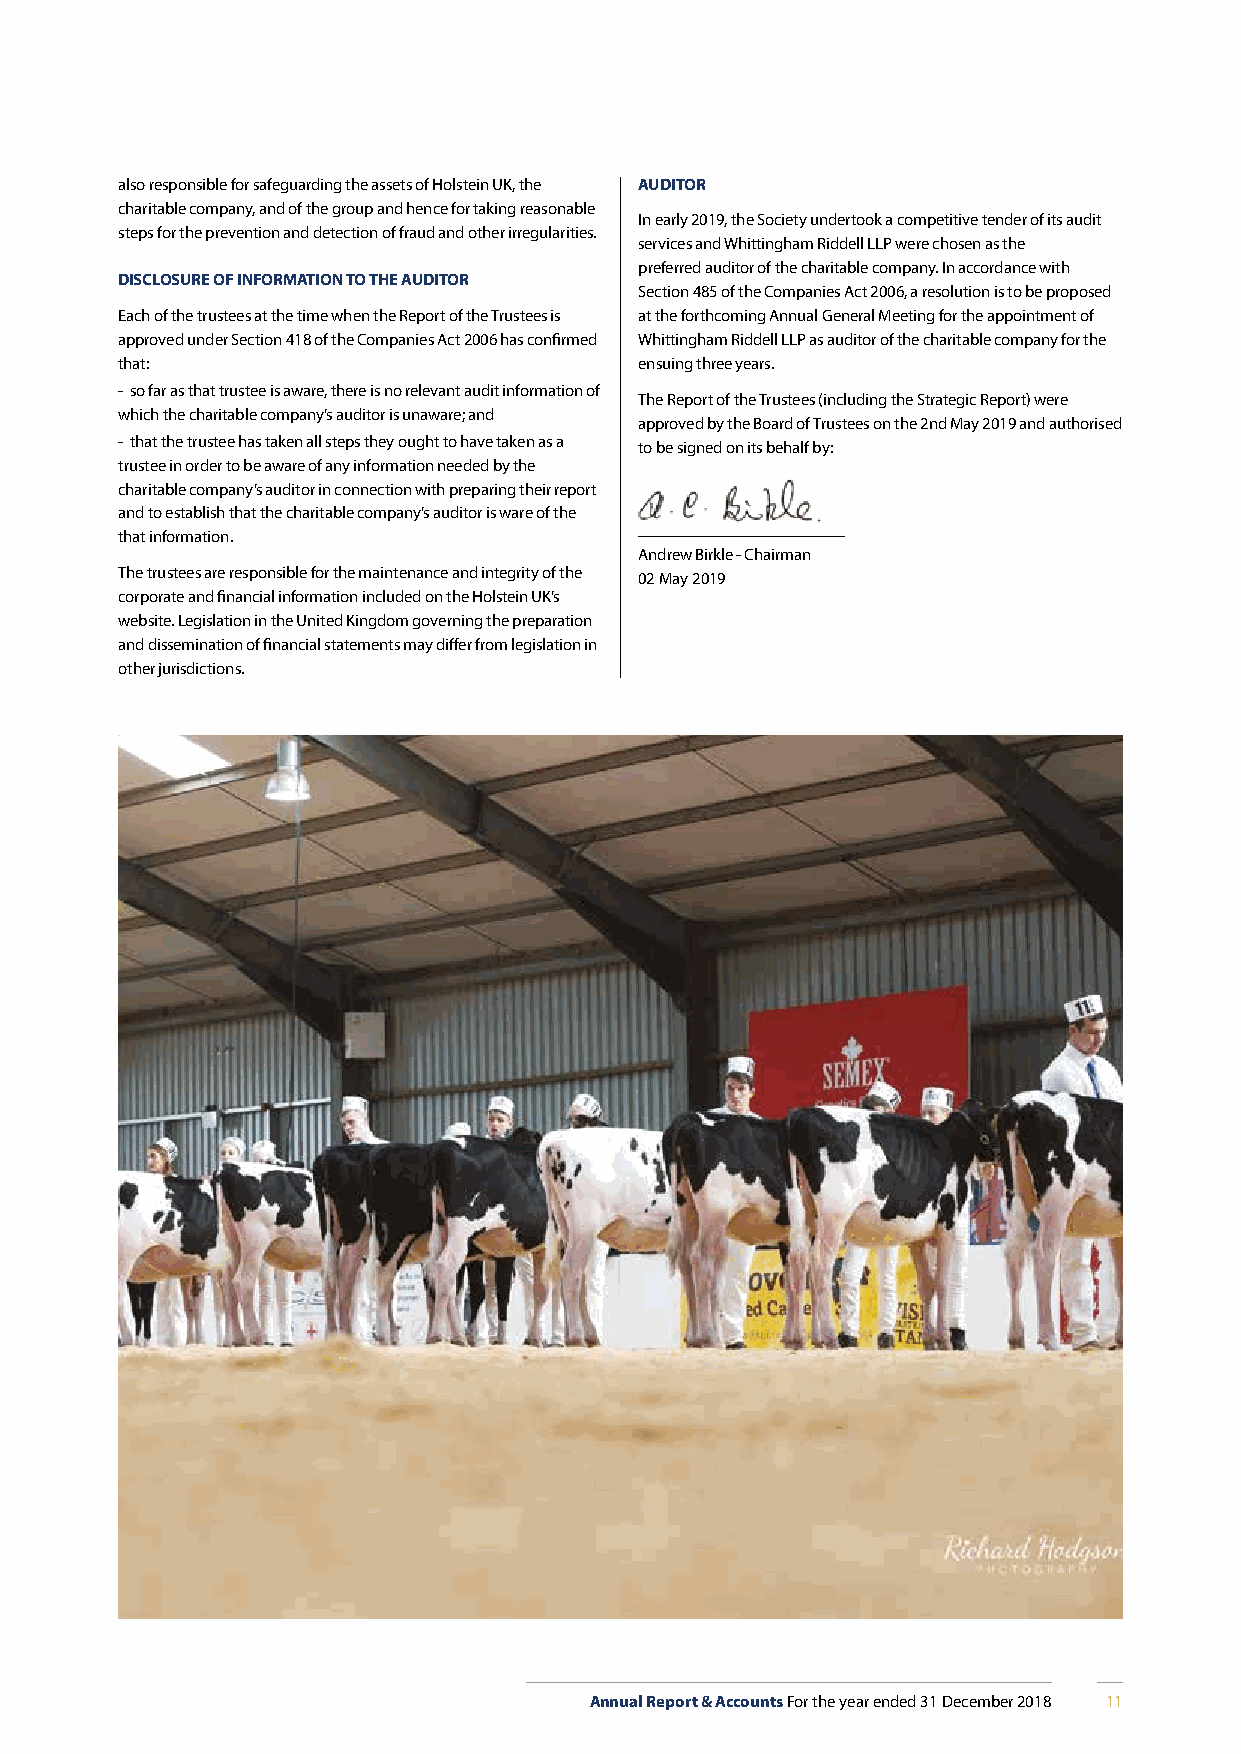
also responsible for safeguarding the assets of Holstein UK, the AUDITOR
 charitable company, and of the group and hence for taking reasonable
 In early 2019, the Society undertook a competitive tender of its audit
 steps for the prevention and detection of fraud and other irregularities.
 services and Whittingham Riddell LLP were chosen as the
 preferred auditor of the charitable company. In accordance with
 DISCLOSURE OF INFORMATION TO THE AUDITOR
 Section 485 of the Companies Act 2006, a resolution is to be proposed
 Each of the trustees at the time when the Report of the Trustees is at the forthcoming Annual General Meeting for the appointment of
 approved under Section 418 of the Companies Act 2006 has confirmed Whittingham Riddell LLP as auditor of the charitable company for the
 that:                             ensuing three years.
 - so far as that trustee is aware, there is no relevant audit information of
 The Report of the Trustees (including the Strategic Report) were
 which the charitable company’s auditor is unaware; and
 approved by the Board of Trustees on the 2nd May 2019 and authorised
 - that the trustee has taken all steps they ought to have taken as a to be signed on its behalf by:
 trustee in order to be aware of any information needed by the
 charitable company’s auditor in connection with preparing their report
 and to establish that the charitable company’s auditor is ware of the
 that information.
 Andrew Birkle - Chairman
 The trustees are responsible for the maintenance and integrity of the 02 May 2019
 corporate and financial information included on the Holstein UK’s
 website. Legislation in the United Kingdom governing the preparation
 and dissemination of financial statements may differ from legislation in
 other jurisdictions.
 Annual Report & Accounts For the year ended 31 December 2018 11